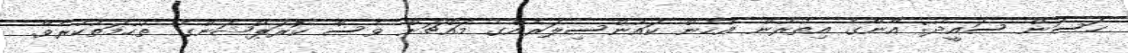
ހަސަން ސައީދު: އޭނާގެ އިތުރުން އެހެން ކައުންސިލަރެއްގެ މައްޗަށް ވެސް ކޮރަޕްޝަންގެ ތުހުމަތުކުރެވޭ.